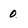
Character: 0